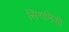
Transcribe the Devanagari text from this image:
सिरामिकी